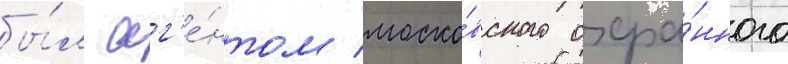
бы́л аг'е́нтом моско́вского охра́нного